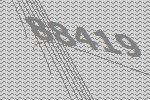
88419